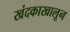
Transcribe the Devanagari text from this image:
खंदकाखालून